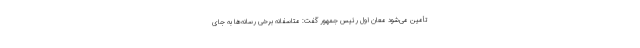
تأمین می‌شود معان اول رئیس جمهور گفت: متاسفانه برخی رسانه‌ها به جای